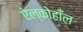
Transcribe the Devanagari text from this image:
ऐल्कोहाँल